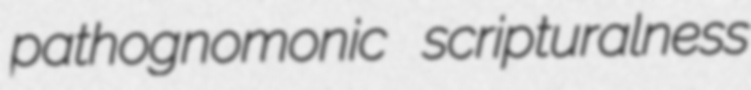
pathognomonic scripturalness